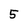
Character: 5